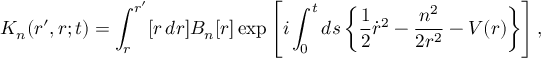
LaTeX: K _ { n } ( r ^ { \prime } , r ; t ) = \int _ { r } ^ { r ^ { \prime } } [ r \, d r ] B _ { n } [ r ] \exp \left[ i \int _ { 0 } ^ { t } d s \left\{ \frac 1 2 \dot { r } ^ { 2 } - \frac { n ^ { 2 } } { 2 r ^ { 2 } } - V ( r ) \right\} \right] ,